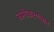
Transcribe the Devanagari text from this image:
समीकरणवाद